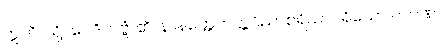
ဣတိ၊ သို့။ ဝေဒိတဗ္ဗံ၊ ၏။ နာနတ္တေကတ္တဝိညာစရိယာပရိယော ဂဟဏ